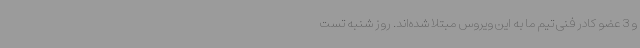
و 3 عضو کادر فنی تیم ما به این‌ ویروس مبتلا شده‌اند. روز شنبه تست